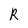
Character: R